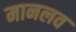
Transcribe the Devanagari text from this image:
मानलव